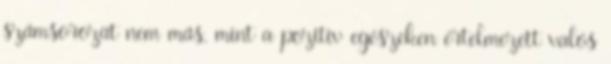
számsorozat nem más, mint a pozitív egészeken értelmezett valós